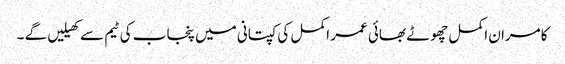
کامران اکمل چھوٹے بھائی عمر اکمل کی کپتانی میں پنجاب کی ٹیم سے کھیلیں گے ۔